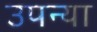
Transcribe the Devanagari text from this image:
उपन्या